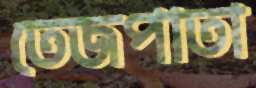
তেজপাতা